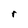
Character: r